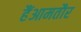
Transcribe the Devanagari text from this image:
हैंआमतौर